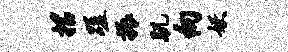
招蹉振肌向妖